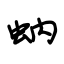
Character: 蚋